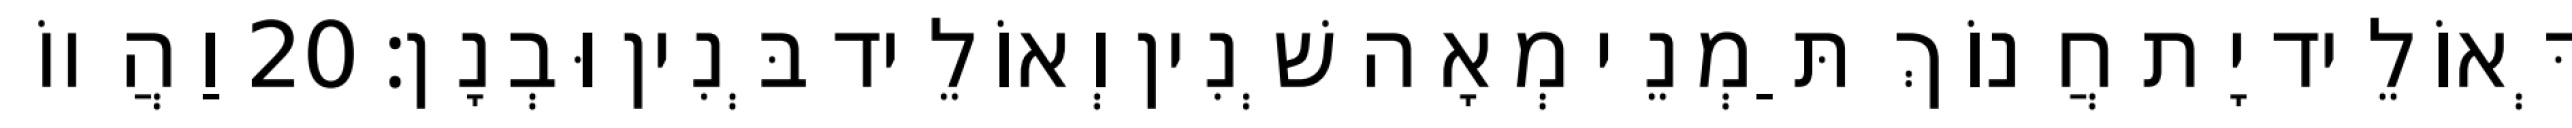
דְּאוֹלֵיד יָת חֲנוֹךְ תַּמְנֵי מְאָה שְׁנִין וְאוֹלֵיד בְּנִין וּבְנָן׃ 20 וַהֲווֹ